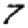
Digit: 7